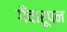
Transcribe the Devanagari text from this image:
गँवारूपन